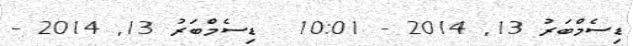
ޑިސެމްބަރު 13